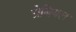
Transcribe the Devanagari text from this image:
ग्रेबियल